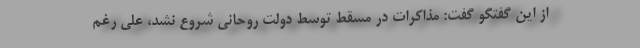
از این گفتگو گفت: مذاکرات در مسقط توسط دولت روحانی شروع نشد، علی رغم